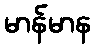
မာန်မာန